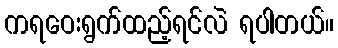
ကရဝေးရွက်ထည့်ရင်လဲ ရပါတယ်။